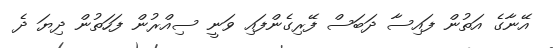
އޭނާގެ އަތުން ފައިސާ ދަބަސް ފޭރިގެންފައި ވަނީ ސިއްރުން ފަހަތުން ދިޔަ ދެ